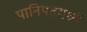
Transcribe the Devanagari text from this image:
पानिपतमध्यें